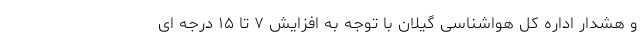
و هشدار اداره کل هواشناسی گیلان با توجه به افزایش ۷ تا ۱۵ درجه ای